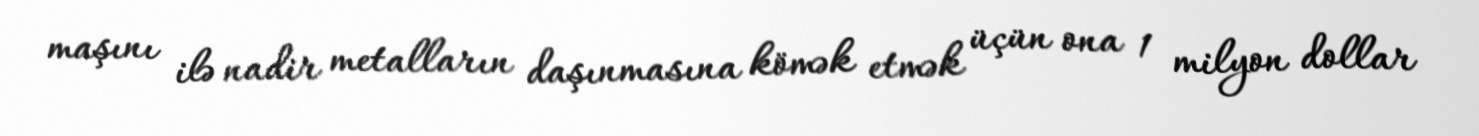
maşını ilə nadir metalların daşınmasına kömək etmək üçün ona 1 milyon dollar